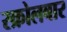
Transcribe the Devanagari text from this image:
स्क्रोलबार